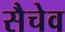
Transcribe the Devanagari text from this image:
सैचेव